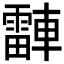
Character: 𬧾